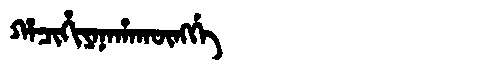
Manchu: ᡥᠠᠴᡳᡥᡳᠶᠠᠨᠠᡥᠠᡴᡡᠩᡤᡝ
Romanization: HACIHIYANAHAKŪNGGE